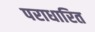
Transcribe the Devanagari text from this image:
पराधारित